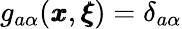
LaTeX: g_{a\alpha}({\pmb x},{\pmb\xi})=\delta_{a\alpha}